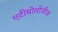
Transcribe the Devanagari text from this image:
एटीमोलोजीज़